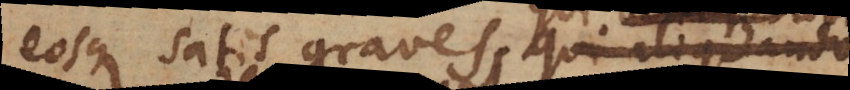
eosque satis graves, qui aliquando